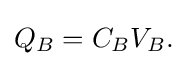
Q_{B}=C_{B}V_{B}.\